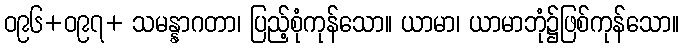
ဝ၉၆+ဝ၉၇+ သမန္နာဂတာ၊ ပြည့်စုံကုန်သော။ ယာမာ၊ ယာမာဘုံ၌ဖြစ်ကုန်သော။